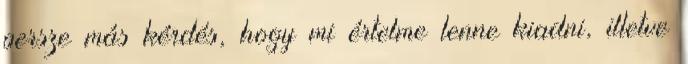
persze más kérdés, hogy mi értelme lenne kiadni, illetve